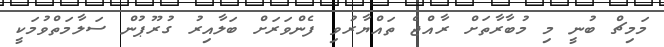
މަމިޗް ބުނީ މި މުބާރާތަށް ރާއްޖެ ތައްޔާރުވި ފެންވަރަށް ބަލާއިރު ގުރޫޕުން ސަލާމަތްވުމަކީ